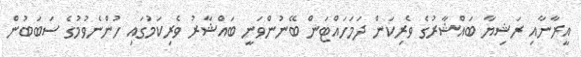
އީރާނާއި ރަޝިޔާ ބައްޝާރުގެ ވެރިކަން ދަމަހައްޓަން ބޭނުންވަނީ ބައްޝާރު ވެރިކަމުގައި ހުންނެވުމުގެ ސަބަބުން